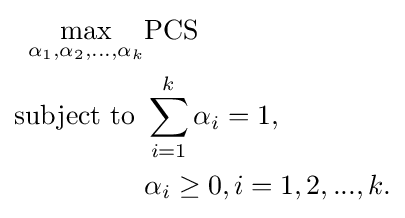
{\begin{aligned}\max _{\alpha _{1},\alpha _{2},\ldots ,\alpha _{k}}&\mathrm {PCS} \\{\text{subject to }}&\sum _{i=1}^{k}\alpha _{i}=1,\\&\alpha _{i}\geq 0,i=1,2,...,k.\end{aligned}}